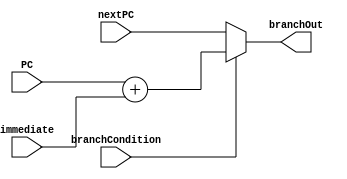
module branch_control(PC, nextPC, immediate, branchOut, branchCondition);
	
	input branchCondition;
	input [31:0] PC, nextPC, immediate;
	output reg [31:0] branchOut;

	always @(*)
	begin
		if(branchCondition) begin
			branchOut = PC + $signed(immediate);
		end
		else begin
			branchOut = nextPC;
		end
		
		
	end
endmodule